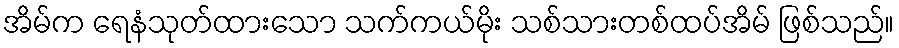
အိမ်က ရေနံသုတ်ထားသော သက်ကယ်မိုး သစ်သားတစ်ထပ်အိမ် ဖြစ်သည်။